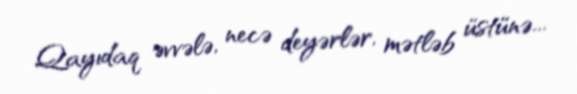
Qayıdaq əvvələ, necə deyərlər, mətləb üstünə...